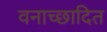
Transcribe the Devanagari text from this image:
वनाच्‍छादित